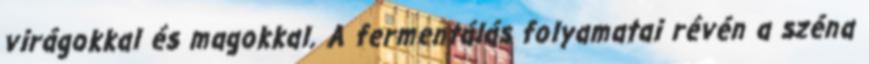
virágokkal és magokkal. A fermentálás folyamatai révén a széna